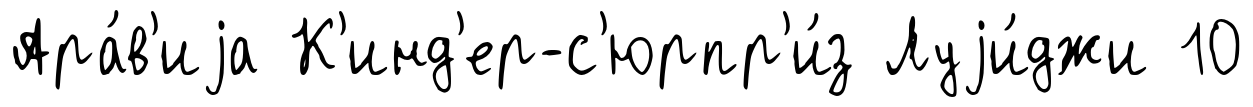
Ара́в'иjа К'инд'ер-с'юрпр'и́з Луjи́джи 10